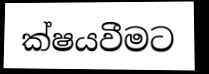
ක්ෂයවීමට